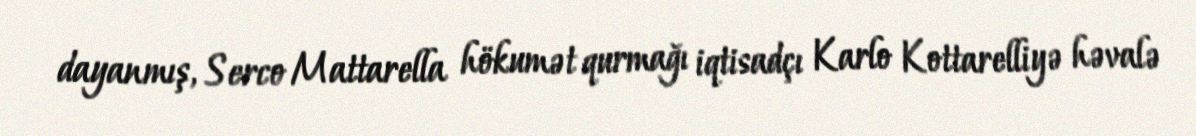
dayanmış, Serco Mattarella hökumət qurmağı iqtisadçı Karlo Kottarelliyə həvalə